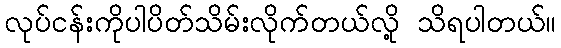
လုပ်ငန်းကိုပါပိတ်သိမ်းလိုက်တယ်လို့ သိရပါတယ်။